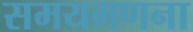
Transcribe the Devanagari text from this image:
समयगणना